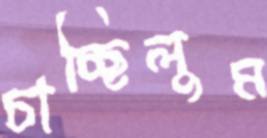
চাচ্ছিলুম